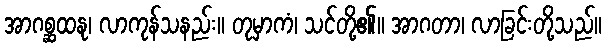
အာဂစ္ဆထနု၊ လာကုန်သနည်း။ တုမှာကံ၊ သင်တို့၏။ အာဂတာ၊ လာခြင်းတို့သည်။